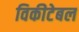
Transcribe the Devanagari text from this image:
विकीटेबल